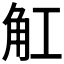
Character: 𧢸